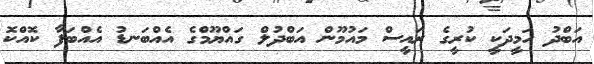
އަބްދު ހަމީދަކީ ކުރީގެ ރައީސް މައުމޫން އަބްދުލް ގައްޔޫމްގެ އެއްބަނޑު އެއްބަފާ ކޮއްކޮ